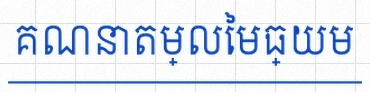
គណនាតម្លៃមធ្យម